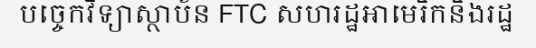
បច្ចេកវិទ្យាស្ថាប័ន FTC សហរដ្ឋអាមេរិកនិងរដ្ឋ